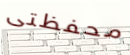
محفظتى